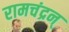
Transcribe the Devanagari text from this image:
रामचंद्रन्‌